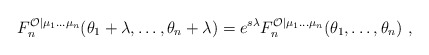
\begin{align*}F_{n}^{\mathcal{O}|\mu _{1}\ldots \mu _{n}}(\theta _{1}+\lambda ,\ldots,\theta _{n}+\lambda )=e^{s \lambda }F_{n}^{\mathcal{O}|\mu _{1}\ldots \mu_{n}}(\theta _{1},\ldots ,\theta _{n})\,\,, \end{align*}